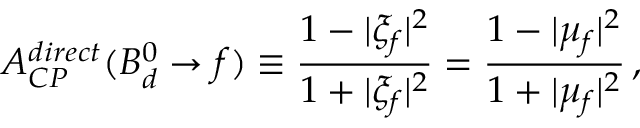
A _ { C P } ^ { d i r e c t } ( B _ { d } ^ { 0 } \to f ) \equiv \frac { 1 - | \xi _ { f } | ^ { 2 } } { 1 + | \xi _ { f } | ^ { 2 } } = \frac { 1 - | \mu _ { f } | ^ { 2 } } { 1 + | \mu _ { f } | ^ { 2 } } \, ,